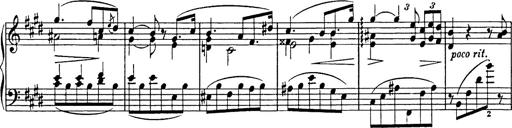
Title: Consolations
Composer: Franz Liszt